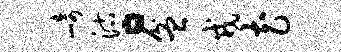
崎沽。盆戎花